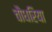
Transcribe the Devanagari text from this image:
चौधरिया